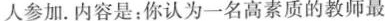
人参加.内容是：你认为一名高素质的教师最